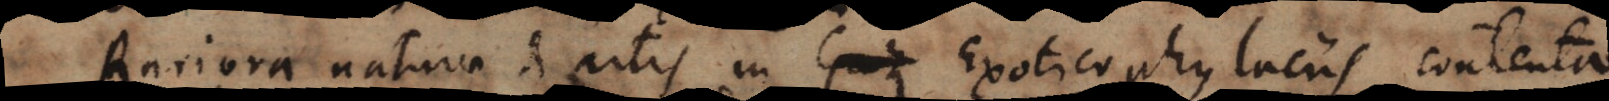
Rariora naturae et artis in Gaz Exoticophylaciis contenta.